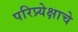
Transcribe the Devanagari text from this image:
परिप्र्येक्षाचे